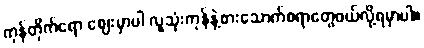
ကုန်တိုက်ရော ဈေးမှာပါ လူသုံးကုန်နဲ့စားသောက်စရာတွေဝယ်လို့ရမှာပါ။